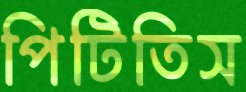
পিটিতিস